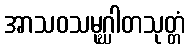
အာသဝသမုဂ္ဃါတသုတ္တံ